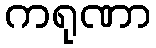
ကရုဏာ